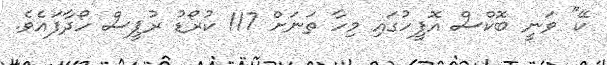
ކޭ" ވަނީ ބޮކްސް އޮފީހުގައި މިހާ ތަނަށް 117 ކުރޯޑު ރުޕީސް ހޯދާފައެވެ.